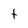
Character: t